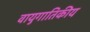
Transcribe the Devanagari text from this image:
वायुगातिकीय